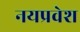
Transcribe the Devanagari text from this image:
नयप्रवेश